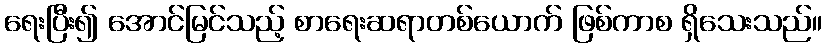
ရေးပြီး၍ အောင်မြင်သည့် စာရေးဆရာတစ်ယောက် ဖြစ်ကာစ ရှိသေးသည်။